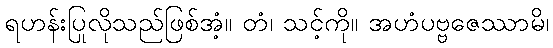
ရဟန်းပြုလိုသည်ဖြစ်အံ့။ တံ၊ သင့်ကို။ အဟံပဗ္ဗဇေဿာမိ၊